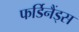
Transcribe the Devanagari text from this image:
फर्डिनैंड्स